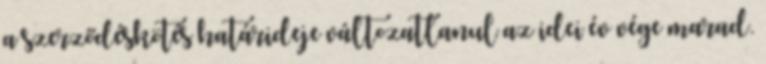
a szerződéskötés határideje változatlanul az idei év vége marad.